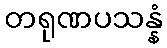
တရုဏပသန္နံ